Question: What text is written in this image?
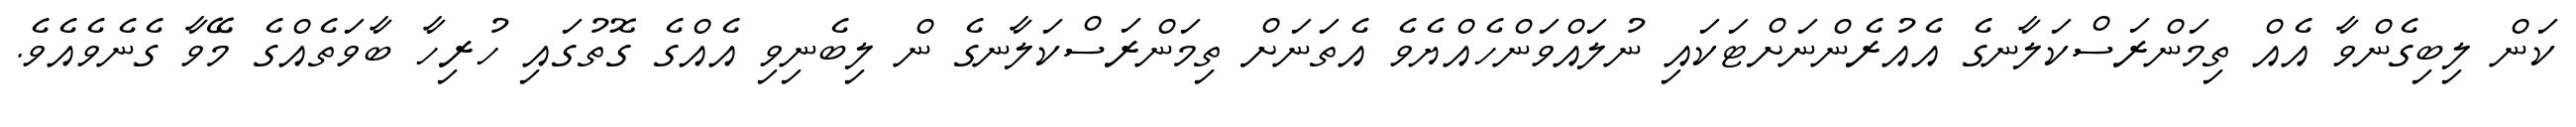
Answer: ކަން ލިބިގެންވާ އެއް ތިމަންރަސްކަލާނގެ އެއުރެންނަށްޓަކައި ނުލައްވަންހެއްޔެވެ އެތަނަށް ތިމަންރަސްކަލާނގެ ން ލިބެނިވި އެއްގެ ގޮތުގައި ހުރިހާ ބާވަތެއްގެ މޭވާ ގެނެވެއެވެ.